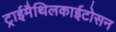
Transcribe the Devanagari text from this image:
ट्राईमैथिलकाईटोसन